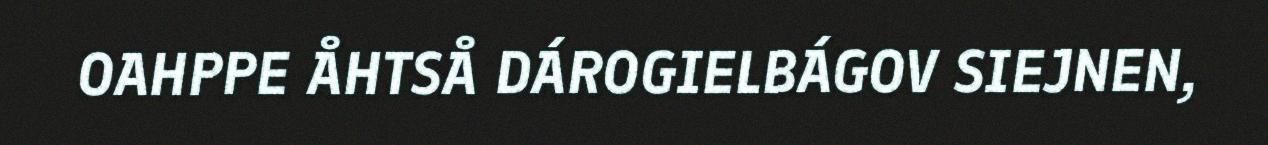
OAHPPE ÅHTSÅ DÁROGIELBÁGOV SIEJNEN,